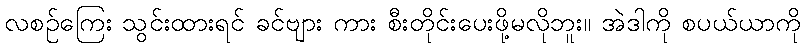
လစဉ်ကြေး သွင်းထားရင် ခင်ဗျား ကား စီးတိုင်းပေးဖို့မလိုဘူး။ အဲဒါကို စပယ်ယာကို